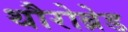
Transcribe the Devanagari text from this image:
थौरोब्रेड